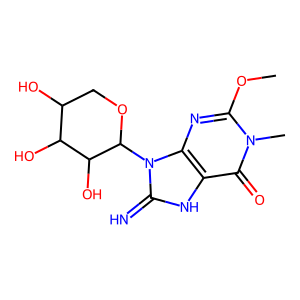
SMILES: COc1nc2c([nH]c(=N)n2C2OCC(O)C(O)C2O)c(=O)n1C
Inhibits HIV replication: No